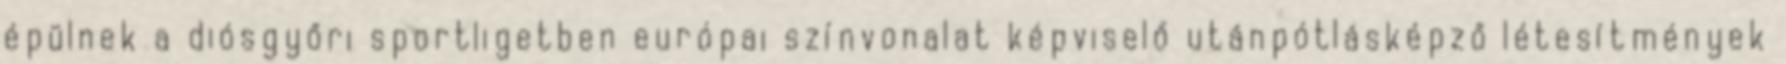
épülnek a diósgyőri sportligetben európai színvonalat képviselő utánpótlásképző létesítmények